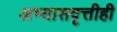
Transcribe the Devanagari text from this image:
अभ्यासवृत्तीही